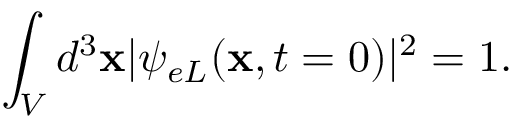
\int _ { V } { d ^ { 3 } { \bf x } | \psi _ { e L } ( { \bf x } , t = 0 ) | ^ { 2 } } = 1 .